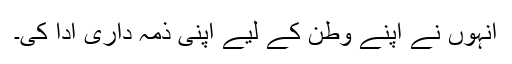
انہوں نے اپنے وطن کے لیے اپنی ذمہ داری ادا کی۔